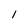
Character: I